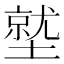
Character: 𱘁